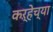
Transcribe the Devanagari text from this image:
कऱ्हेच्या